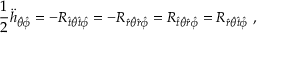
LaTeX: { \frac { 1 } { 2 } } { \ddot { h } } _ { { \hat { \theta } } { \hat { \phi } } } = - R _ { { \hat { t } } { \hat { \theta } } { \hat { t } } { \hat { \phi } } } = - R _ { { \hat { r } } { \hat { \theta } } { \hat { r } } { \hat { \phi } } } = R _ { { \hat { t } } { \hat { \theta } } { \hat { r } } { \hat { \phi } } } = R _ { { \hat { r } } { \hat { \theta } } { \hat { t } } { \hat { \phi } } } \ ,